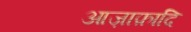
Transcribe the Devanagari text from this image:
आज़ाफ़ादि